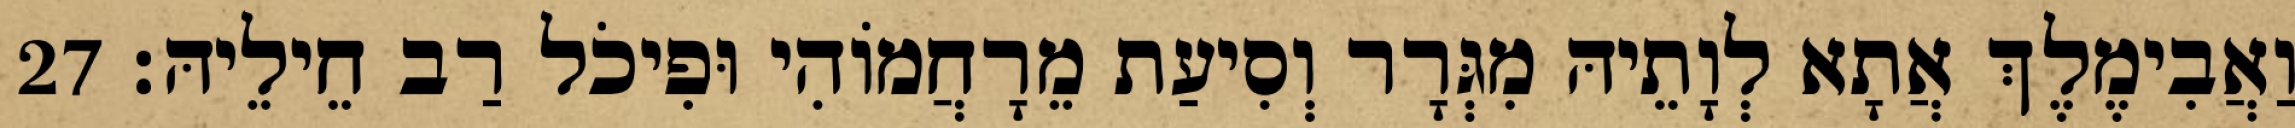
וַאֲבִימֶלֶךְ אֲתָא לְוָתֵיהּ מִגְּרָר וְסִיעַת מֵרָחֲמוֹהִי וּפִיכֹל רַב חֵילֵיהּ׃ 27